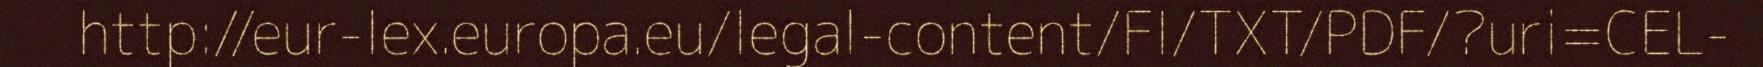
http://eur-lex.europa.eu/legal-content/FI/TXT/PDF/?uri=CEL-